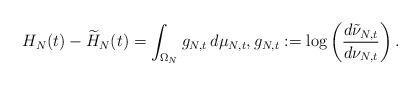
LaTeX: \begin{align*} H_N(t) - \widetilde H_N(t) = \int_{\Omega_N} g_{N,t}\,d\mu_{N,t}, g_{N,t}:=\log \left( \frac{d\tilde\nu_{N,t}}{d\nu_{N,t}} \right).\end{align*}